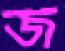
জ